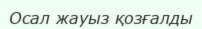
Осал жауыз қозғалды